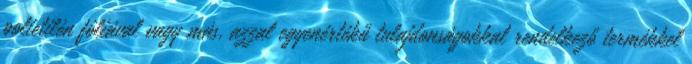
polietilén fóliával vagy más, azzal egyenértékű tulajdonságokkal rendelkező termékkel